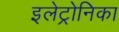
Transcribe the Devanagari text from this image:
इलेट्रोनिका